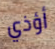
أؤذي